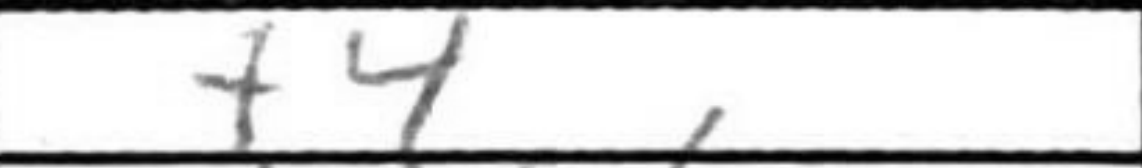
Transcription: f4